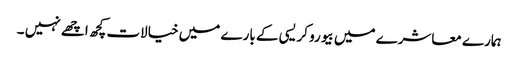
ہمارے معاشرے میں بیورو کریسی کے بارے میں خیالات کچھ اچھے نہیں ۔